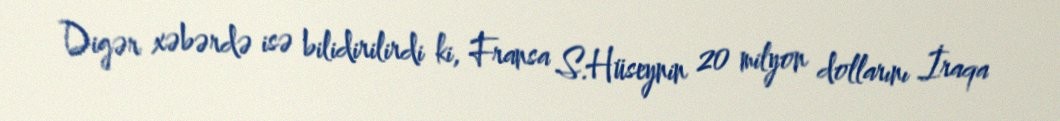
Digər xəbərdə isə bilidirilirdi ki, Fransa S.Hüseynin 20 milyon dollarını İraqa